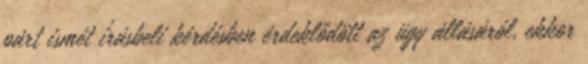
párt ismét írásbeli kérdésben érdeklődött az ügy állásáról, ekkor